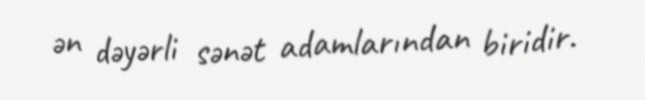
ən dəyərli sənət adamlarından biridir.